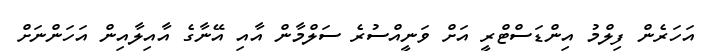
އަހަރެން ފިލްމު އިންޑަސްޓްރީ އަށް ވަނީއްސުރެ ސަލްމާން އާއި އޭނާގެ އާއިލާއިން އަހަންނަށް